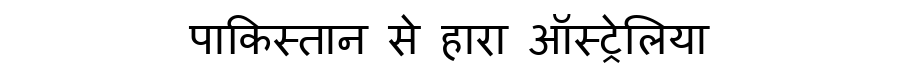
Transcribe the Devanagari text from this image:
पाकिस्तान से हारा ऑस्ट्रेलिया